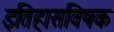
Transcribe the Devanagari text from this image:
इतिहासविषक